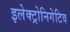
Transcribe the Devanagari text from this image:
इलेक्ट्रोनिगेटिव